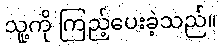
သူ့ကို ကြည့်ပေးခဲ့သည်။